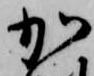
加